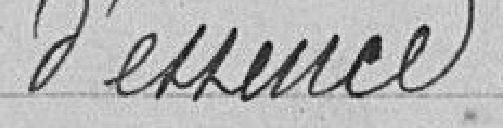
d'essence.